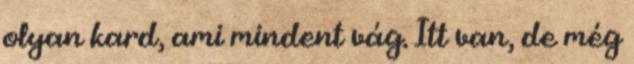
olyan kard, ami mindent vág. Itt van, de még